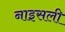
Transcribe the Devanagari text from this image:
नाइसली